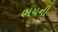
ભયની